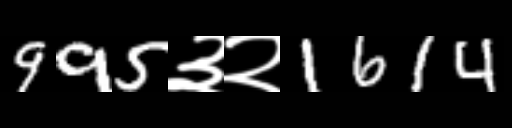
Text: 995३२1614